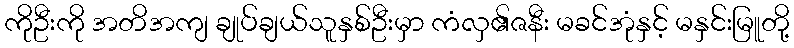
ကိုဦးကို အတိအကျ ချုပ်ချယ်သူနှစ်ဦးမှာ ကံလှ၏ဇနီး မခင်အုံနှင့် မနှင်းမြူတို့